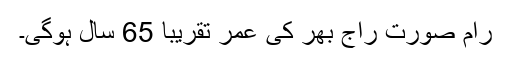
رام صورت راج بھر کی عمر تقریباً 65 سال ہوگی۔